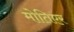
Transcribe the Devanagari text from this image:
मोतिएर